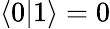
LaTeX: \langle 0\lvert 1\rangle=0